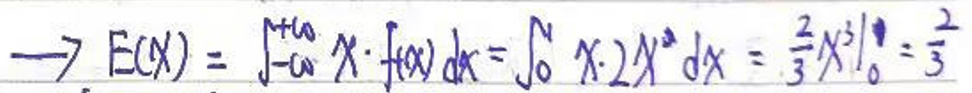
\(\rightarrow E(X) = \int_{-a}^{+a} x \cdot f(x) d x = \int_{0}^{a} x \cdot 2 x^2 d x = \frac{2}{3} x^3 \big|_0^a = \frac{2}{3} a^3\)